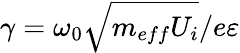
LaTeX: \gamma=\omega_{0}\sqrt{m_{eff}U_{i}}/e\varepsilon